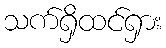
သက်ရှိထင်ရှား